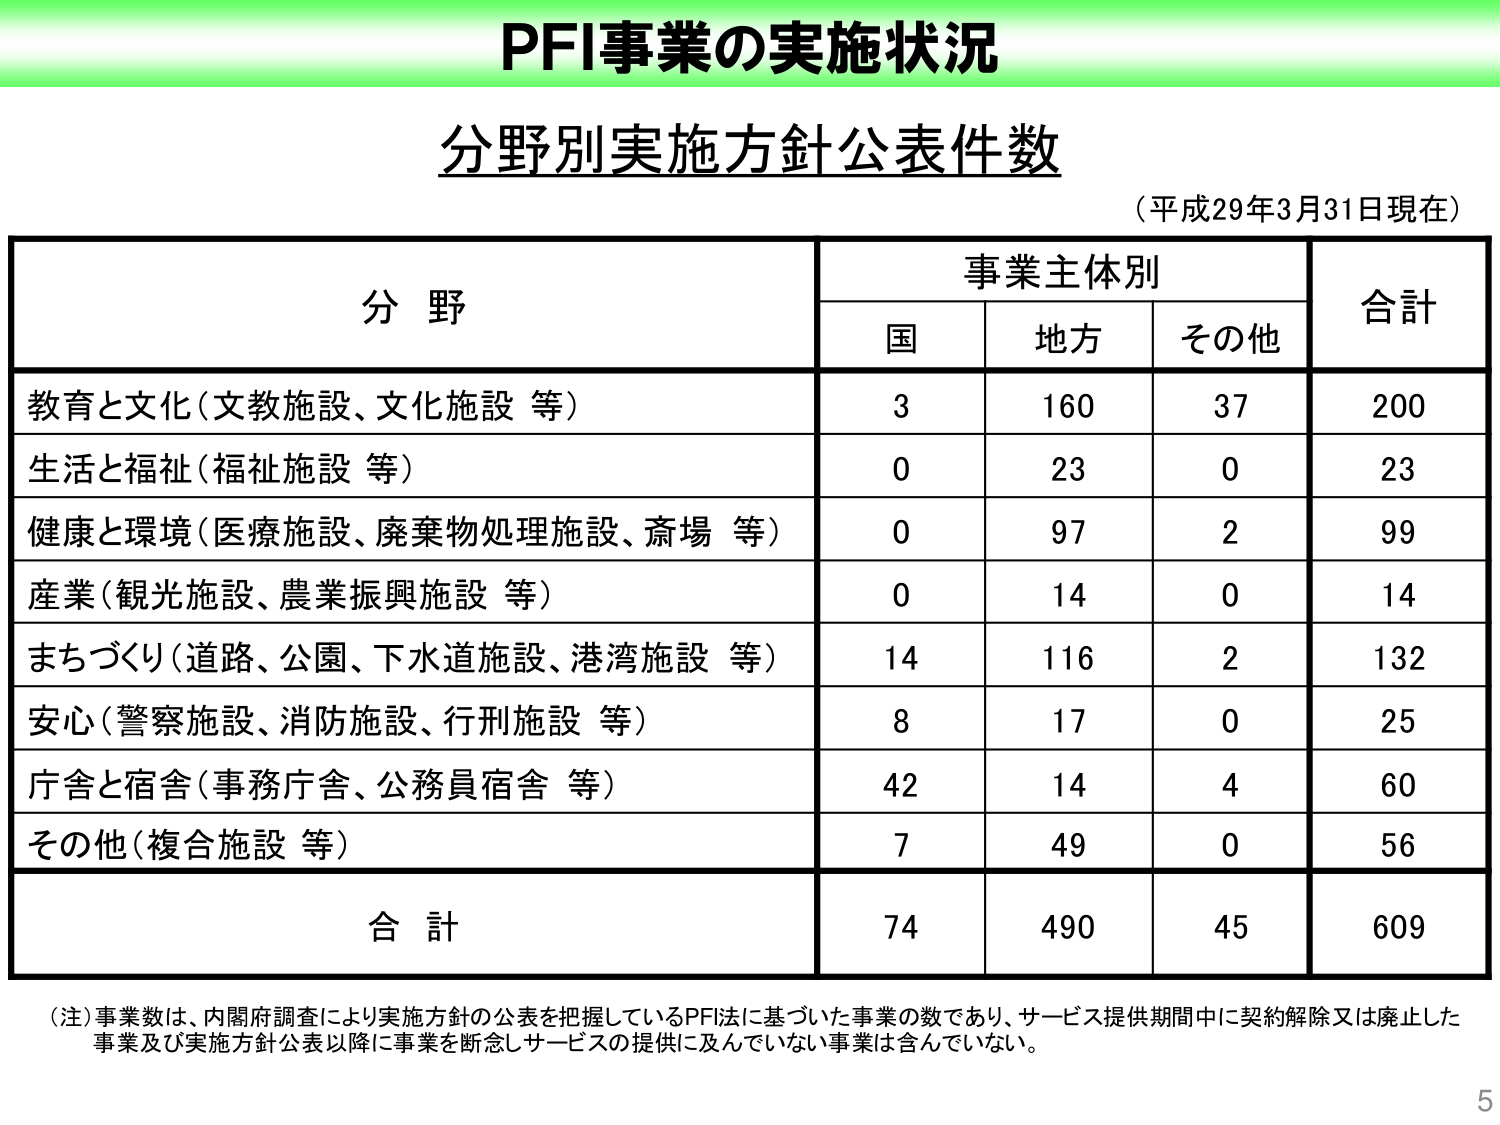
PFI事業の実施状況
分野別実施方針公表件数
（平成29年3月31日現在）
分野
事業主体別
国
地方
その他
合計
教育と文化（文教施設、文化施設 等）
3
160
37
200
生活と福祉（福祉施設 等）
0
23
0
23
健康と環境（医療施設、廃棄物処理施設、斎場 等）
0
97
2
99
産業（観光施設、農業振興施設 等）
0
14
0
14
まちづくり（道路、公園、下水道施設、港湾施設 等）
14
116
2
132
安心（警察施設、消防施設、行刑施設 等）
8
17
0
25
庁舎と宿舎（事務庁舎、公務員宿舎 等）
42
14
4
60
その他（複合施設 等）
7
49
0
56
合計
74
490
45
609
（注）事業数は、内閣府調査により実施方針の公表を把握しているPFI法に基づいた事業の数であり、サービス提供期間中に契約解除又は廃止した事業及び実施方針公表以降に事業を断念しサービスの提供に及んでいない事業は含んでいない。
5